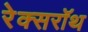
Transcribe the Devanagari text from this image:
रेक्सरॉथ